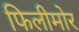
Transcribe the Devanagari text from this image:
फिलीमोर